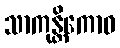
သာကုန္တိကောဝ